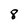
Character: 8